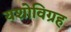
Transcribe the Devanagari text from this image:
यशोविग्रह